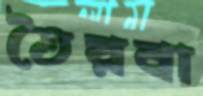
তৈয়বা